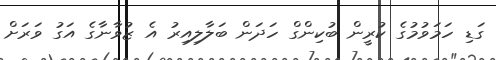
ގަޑި ހަމަވުމުގެ ކުރީން ބުކިންގް ހަދަން ބަލާލިއިރު އެ ޒުވާނާގެ އަގު ވަރަށް